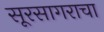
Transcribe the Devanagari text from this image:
सूरसागराचा